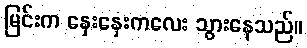
မြင်းက နှေးနှေးကလေး သွားနေသည်။